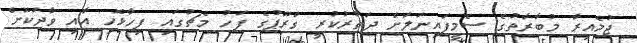
ޖުމެއިރާ މުބާރާތުގެ ސެމީފައިނަލަށް ދަތުރުކުރީ ގްރޫޕުގެ ފަހު މެޗުގައި ފިހާޅޮހި އާއި ވާދަކޮށް